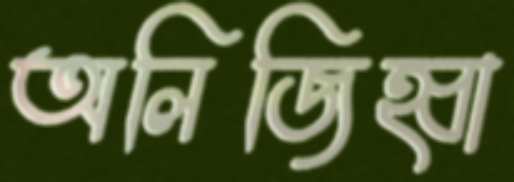
অলিজিহ্বা